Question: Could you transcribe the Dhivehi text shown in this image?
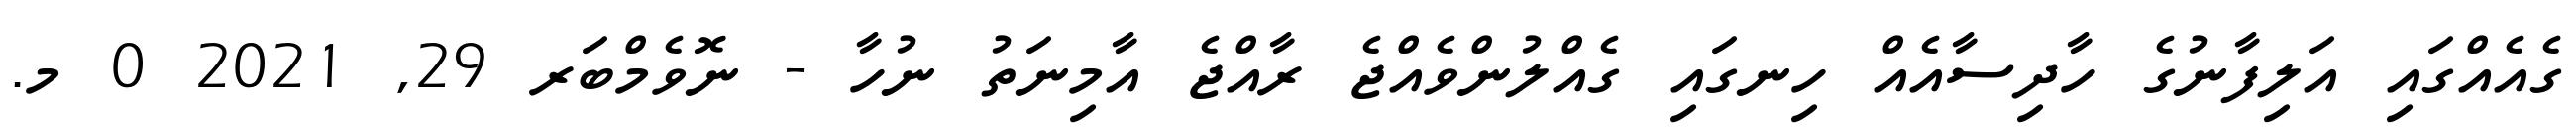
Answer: ގެއެއްގައި އަލިފާނުގެ ހާދިސާއެއް ހިނގައި ގެއްލުންވެއްޖެ ރާއްޖެ އާމިނަތު ނުހާ - ނޮވެމްބަރ 29, 2021 0 މ.